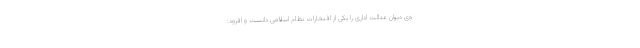
وی دیوان عدالت اداری را یکی از افتخارات نظام اسلامی دانست و افزود: